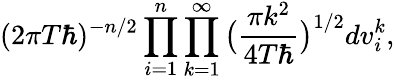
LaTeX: (2\pi T\hbar)^{-n/2}\prod_{i=1}^{n}\prod_{k=1}^{\infty}\big(\frac{\pi k^{2}}{4T\hbar}\big)^{1/2}dv_{i}^{k},